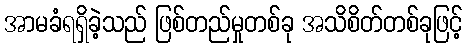
အာမခံရရှိခဲ့သည် ဖြစ်တည်မှုတစ်ခု အသိစိတ်တစ်ခုဖြင့်